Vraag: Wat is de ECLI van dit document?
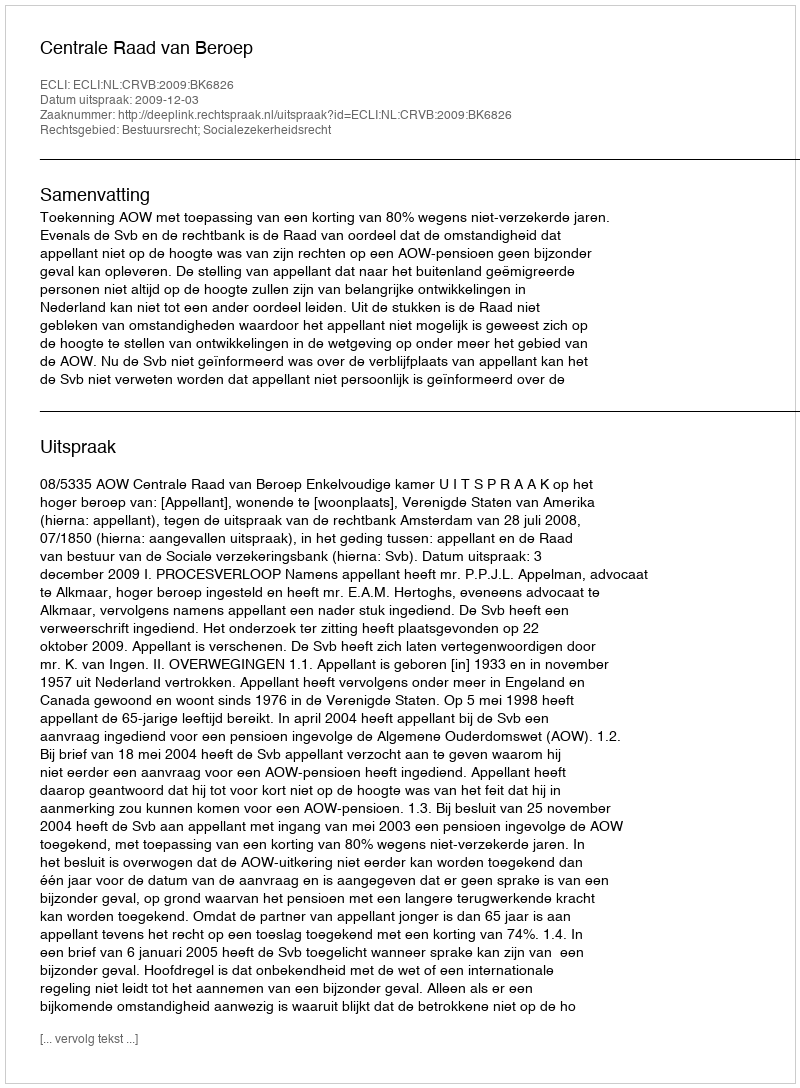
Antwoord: ECLI:NL:CRVB:2009:BK6826